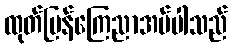
ထုတ်ပြန်ကြေညာအပ်ပါသည်